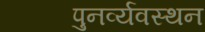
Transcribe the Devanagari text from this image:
पुनर्व्यवस्थन